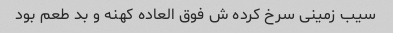
سیب زمینی سرخ کرده ش فوق العاده کهنه و بد طعم بود